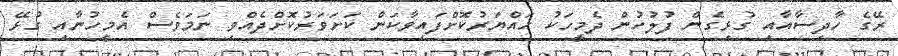
ރޭގެ ހާދިސާއާއި ގުޅިގެން ފުލުހުން ދެމީހަކު ހައްޔަރުކޮށްފައިވާކަން ކަށަވަރުކޮށްދެއްވި ނަމަވެސް އެމީހުނާއި ގުޅޭ